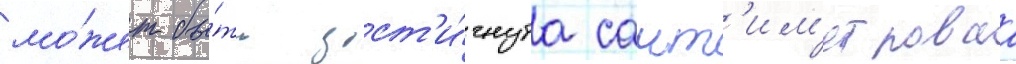
мо́жет бы́ть дост'и́гнута сант'им'етроваа